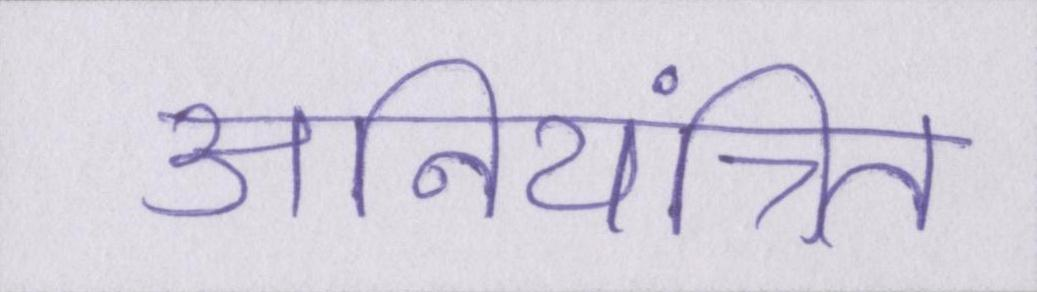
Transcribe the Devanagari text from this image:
अनियंत्रित